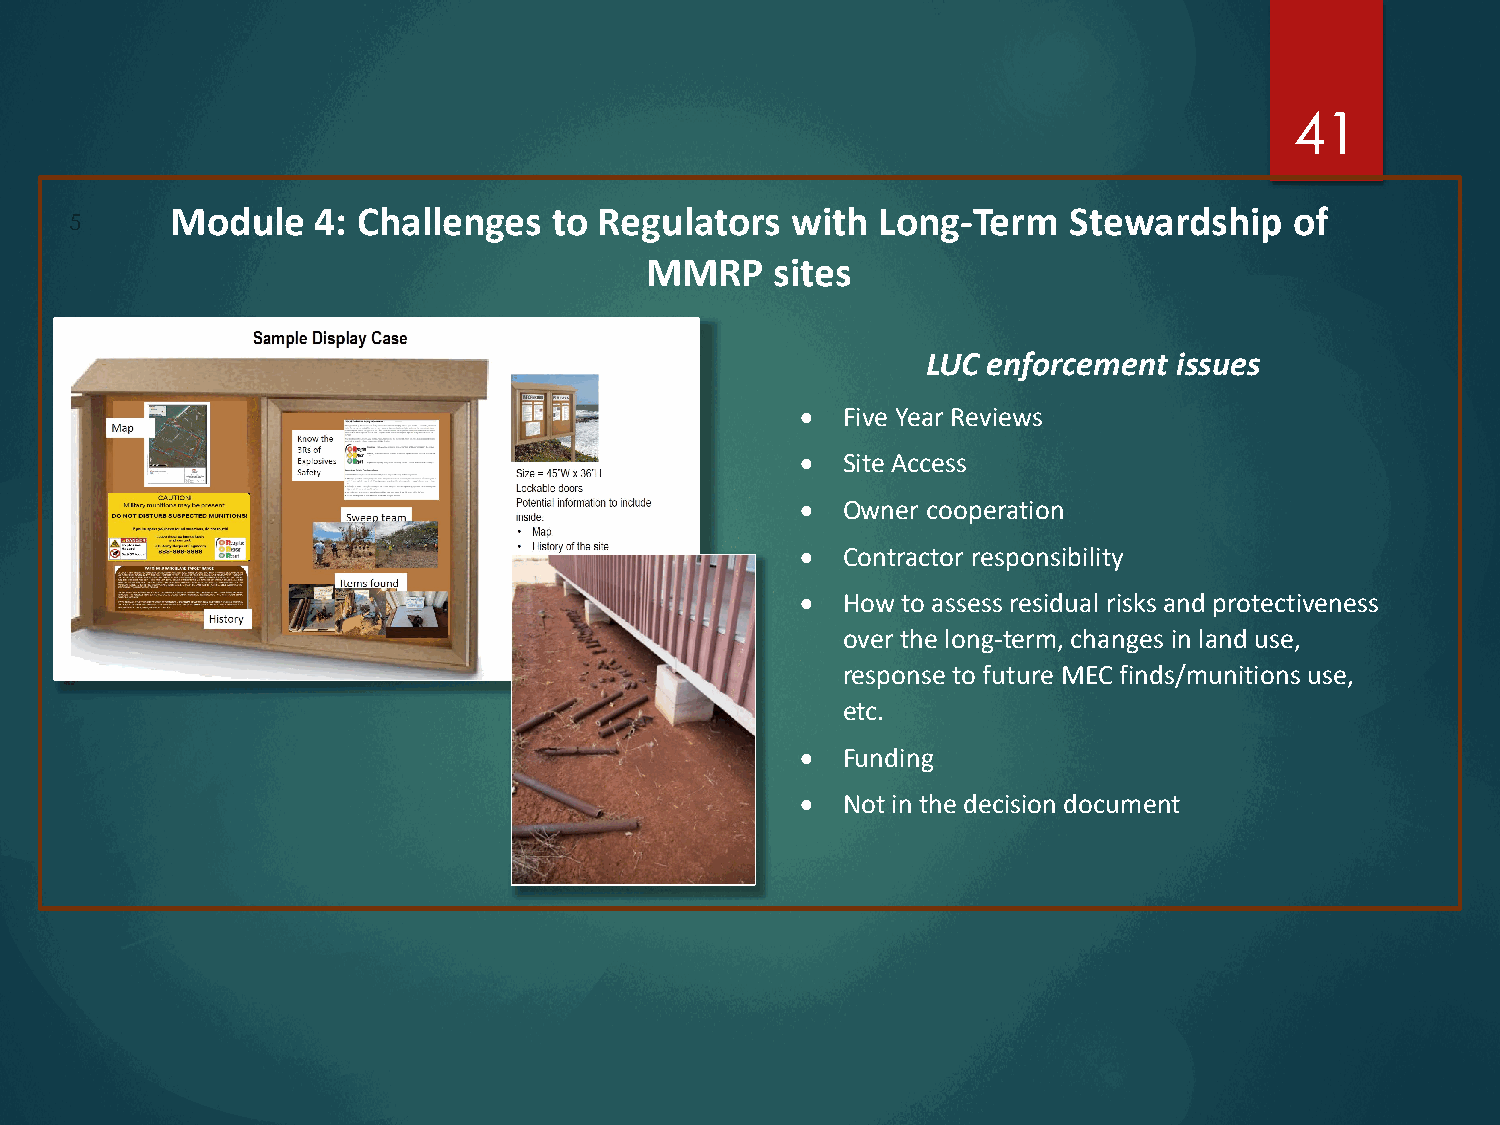
41
 Module    4: Challenges   to Regulators  with  Long-Term    Stewardship    of
 5
 MMRP    sites
 LUC enforcement  issues
 •  Five Year Reviews
 •  Site Access
 •  Owner cooperation
 •  Contractor responsibility
 •  How to assess residual risks and protectiveness
 over the long-term, changes in land use,
 response to future MEC finds/munitions use,
 etc.
 •  Funding
 •  Not in the decision document